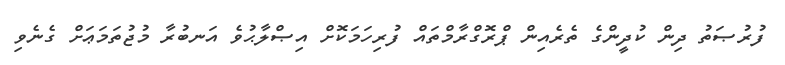
ފުރުޞަތު ދިން ކުދީންގެ ތެރެއިން ޕްރޮގްރާމްތައް ފުރިހަމަކޮށް އިޞްލާޙުވެ އަނބުރާ މުޖުތަމަޢަށް ގެނެވި